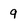
Character: 9